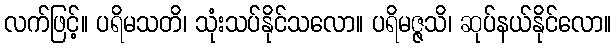
လက်ဖြင့်။ ပရိမသတိ၊ သုံးသပ်နိုင်သလော။ ပရိမဇ္ဇသိ၊ ဆုပ်နယ်နိုင်လော။